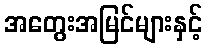
အတွေးအမြင်များနှင့်